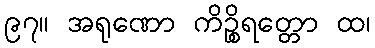
၉၇။ အရုဏော ကိဉ္စိရတ္တော ထ၊